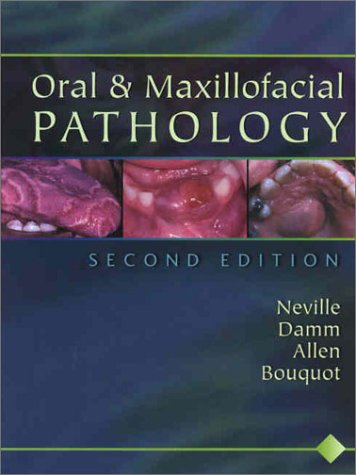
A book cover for Oral & Maxillofacial Pathology; Douglas D. Damm; Medical Books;